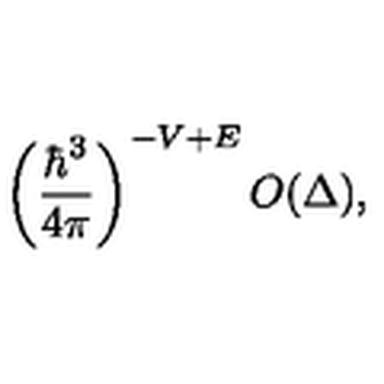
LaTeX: \left( { \frac { \hbar ^ { 3 } } { 4 \pi } } \right) ^ { - V + E } O ( \Delta ) ,